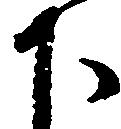
下